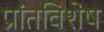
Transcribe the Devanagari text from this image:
प्रांतविशेष